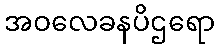
အဝလေခနပိဌရော